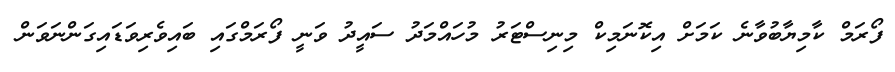
ފޯރަމް ކާމިޔާބުވާނެ ކަމަށް އިކޮނަމިކް މިނިސްޓަރު މުހައްމަދު ސައީދު ވަނީ ފޯރަމްގައި ބައިވެރިވަޑައިގަންނަވަން